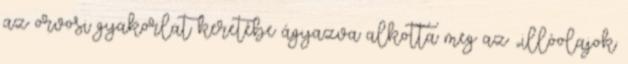
az orvosi gyakorlat keretébe ágyazva alkotta meg az „illóolajok